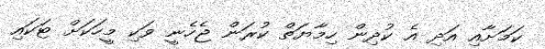
ކަމަށާއި އަދި އެ ކުދިން ހިމާޔަތް ކުރަން ޖެހެނީ ވަކި މީހަކަށް ޓަކައި